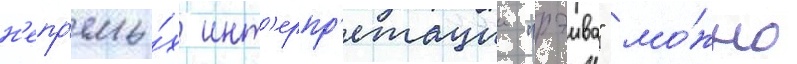
н'епр'ямы́х инт'ерпр'етации "рэива" мо́жно